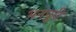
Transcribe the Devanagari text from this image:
भनपुरी